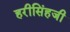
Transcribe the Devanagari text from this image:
हरीसिंहजी